Report of the Indian Hemp Drugs Commission, 1894-1895 - Volume IV
Year: 1894
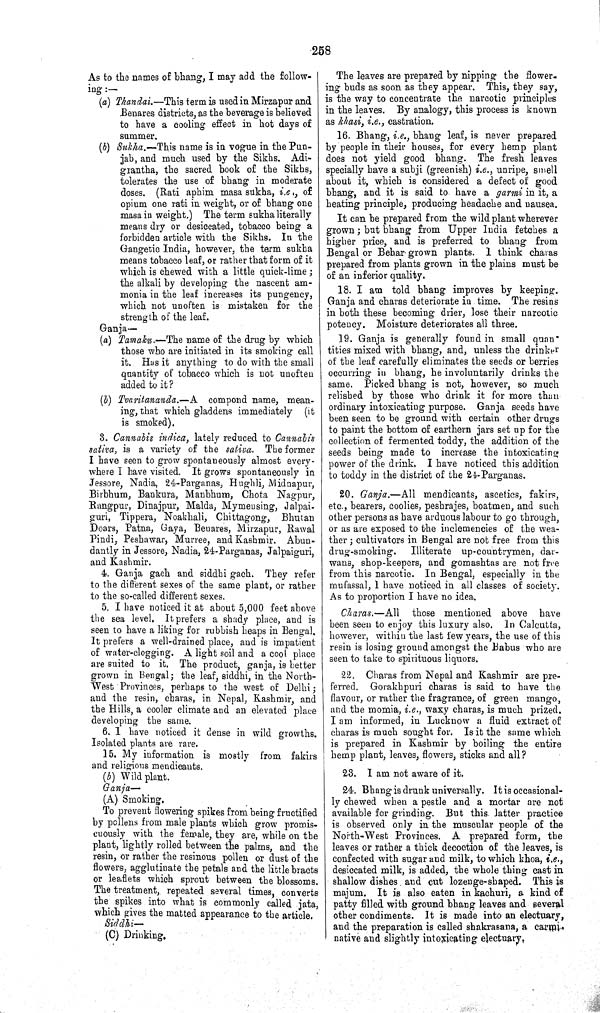
258
As to the names of bhang, I may add the follow-
ing:—
(a) Thandai.—This term is used in Mirzapur and
Benares districts, as the beverage is believed
to have a cooling effect in hot days of
summer.
(b) Sukha.—This name is in vogue in the Pun-
jab, and much used by the Sikhs. Adi-
grantha, the sacred book of the Sikhs,
tolerates the use of bhang in moderate
doses. (Rati aphim masa sukha, i.e., of
opium one rati in weight, or of bhang one
masa in weight.) The term sukha literally
means dry or desiccated, tobacco being a
forbidden article with the Sikhs. In the
Gangetic India, however, the term sukha
means tobacco leaf, or rather that form of it
which is chewed with a little quick-lime;
the alkali by developing the nascent am-
monia in the leaf increases its pungency,
which not unoften is mistaken for the
strength of the leaf.
Ganja—
(a) Tamaku.—The name of the drug by which
those who are initiated in its smoking call
it. Has it anything to do with the small
quantity of tobacco which is not unoften
added to it?
(b) Tvaritananda.—A compond name, mean-
ing, that which gladdens immediately (it
is smoked).
3. Cannabis indica, lately reduced to Cannabis
sativa, is a variety of the sativa. The former
I have seen to grow spontaneously almost every-
where I have visited. It grows spontaneously in
Jessore, Nadia, 24-Parganas, Hughli, Midnapur,
Birbhum, Bankura, Manbhum, Chota Nagpur,
Rangpur, Dinajpur, Malda, Mymensing, Jalpai-
guri, Tippera, Noakhali, Chittagong, Bhutan
Doars, Patna, Gaya, Benares, Mirzapur, Rawal
Pindi, Peshawar, Murree, and Kashmir. Abun-
dantly in Jessore, Nadia, 24-Parganas, Jalpaiguri,
and Kashmir.
4. Ganja gach and siddhi gach. They refer
to the different sexes of the same plant, or rather
to the so-called different sexes.
5. I have noticed it at about 5,000 feet above
the sea level. It prefers a shady place, and is
seen to have a liking for rubbish heaps in Bengal.
It prefers a well-drained place, and is impatient
of water-clogging. A light soil and a cool place
are suited to it. The product, ganja, is better
grown in Bengal; the leaf, siddhi, in the North-
West Provinces, perhaps to the west of Delhi;
and the resin, charas, in Nepal, Kashmir, and
the Hills, a cooler climate and an elevated place
developing the same.
6. I have noticed it dense in wild growths.
Isolated plants are rare.
15. My information is mostly from fakirs
and religions mendicants.
(b) Wild plant.
Ganja—
(A) Smoking.
To prevent flowering spikes from being fructified
by pollens from male plants which grow promis-
cuously with the female, they are, while on the
plant, lightly rolled between the palms, and the
resin, or rather the resinous pollen or dust of the
flowers, agglutinate the petals and the little bracts
or leaflets which sprout between the blossoms.
The treatment, repeated several times, converts
the spikes into what is commonly called jata,
which gives the matted appearance to the article.
Siddhi—
(C) Drinking.
The leaves are prepared by nipping the flower-
ing buds as soon as they appear. This, they say,
is the way to concentrate the narcotic principles
in the leaves. By analogy, this process is known
as khasi, i.e., castration.
16. Bhang, i.e., bhang leaf, is never prepared
by people in their houses, for every hemp plant
does not yield good bhang. The fresh leaves
specially have a subji (greenish) i.e., unripe, smell
about it, which is considered a defect of good
bhang, and it is said to have a garmi in it, a
heating principle, producing headache and nausea.
It can be prepared from the wild plant wherever
grown; but bhang from Upper India fetches a
higher price, and is preferred to bhang from
Bengal or Behar grown plants. I think charas
prepared from plants grown in the plains must be
of an inferior quality.
18. I am told bhang improves by keeping.
Ganja and charas deteriorate in time. The resins
in both these becoming drier, lose their narcotic
potency. Moisture deteriorates all three.
19. Ganja is generally found in small quan-
tities mixed with bhang, and, unless the drinker
of the leaf carefully eliminates the seeds or berries
occurring in bhang, he involuntarily drinks the
same. Picked bhang is not, however, so much
relished by those who drink it for more than
ordinary intoxicating purpose. Ganja seeds have
been seen to be ground with certain other drugs
to paint the bottom of earthern jars set up for the
collection of fermented toddy, the addition of the
seeds being made to increase the intoxicating
power of the drink. I have noticed this addition
to toddy in the district of the 24-Parganas.
20. Ganja.—All mendicants, ascetics, fakirs,
etc., bearers, coolies, peshrajes, boatmen, and such
other persons as have arduous labour to go through,
or as are exposed to the inclemencies of the wea-
ther; cultivators in Bengal are not free from this
drug-smoking.
Illiterate up-countrymen, dar-
wans, shop-keepers, and gomashtas are not free
from this narcotic. In Bengal, especially in the
mufassal, I have noticed in all classes of society.
As to proportion I have no idea.
Charas.—All
those mentioned above have
been seen to enjoy this luxury also. In Calcutta,
however, within the last few years, the use of this
resin is losing ground amongst the Babus who are
seen to take to spirituous liquors.
22. Charas from Nepal and Kashmir are pre-
ferred. Gorakhpuri charas is said to have the
flavour, or rather the fragrance, of green mango,
and the momia, i.e., waxy charas, is much prized.
I am informed, in Lucknow a fluid extract of
charas is much sought for. Is it the same which
is prepared in Kashmir by boiling the entire
hemp plant, leaves, flowers, sticks and all?
23. I am not aware of it.
24. Bhang is drunk universally. It is occasional-
ly chewed when a pestle and a mortar are not
available for grinding. But this latter practice
is observed only in the muscular people of the
North-West Provinces. A prepared form, the
leaves or rather a thick decoction of the leaves, is
confected with sugar and milk, to which khoa, i.e.,
desiccated milk, is added, the whole thing cast in
shallow dishes and cut lozenge-shaped. This is
majum. It is also eaten in kachuri, a kind of
patty filled with ground bhang leaves and several
other condiments. It is made into an electuary,
and the preparation is called shakrasana, a carmi-
native and slightly intoxicating electuary.